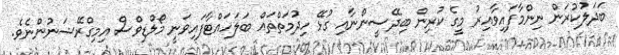
ބަދަލުކުރަން ނިންމާފައިވާއިރު މީގެ ކުރިން ބިދޭސީންނާއި ގުޅޭ ހިދުމަތްތައް ބަލަހައްޓާފައިވަނީ މޯލްޑިވްސް އިމިގްރޭޝަނުންނެވެ.